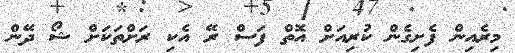
މިރެއިން ފެށިގެން ކުރިއަށް އޮތް ފަސް ރޭ އެކި ރަށްތަކަށް ޝޯ ދޭން